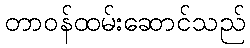
တာဝန်ထမ်းဆောင်သည်